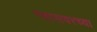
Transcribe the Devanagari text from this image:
ग्लासवरच्या